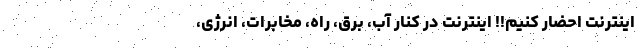
اینترنت احضار کنیم!! اینترنت در کنار آب، برق، راه، مخابرات، انرژی،